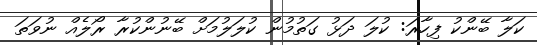
ކަލާ ބޭންކު ފިހާރަ: ކުލަ ދަޅު ގަތުމުން ކުލަލުމަށް ބޭނުންކުރާ ރޯލެއް ނުވަތަ